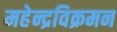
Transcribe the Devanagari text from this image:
महेन्द्रविक्रमन